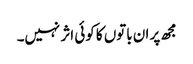
مجھ پر ان باتوں کا کوئی اثر نہیں۔